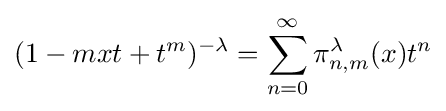
\displaystyle (1-mxt+t^{m})^{-\lambda }=\sum _{n=0}^{\infty }\pi _{n,m}^{\lambda }(x)t^{n}